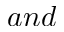
a n d